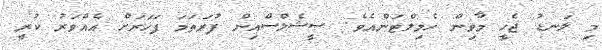
މި ލަނޑު ޖެހީ މާވިން ހެމިލްޓަންއެވެ. ސީޝެލްސްއިން ފުރަތަމަ ފަހަރަށް އެއްވަރު ކުރީ